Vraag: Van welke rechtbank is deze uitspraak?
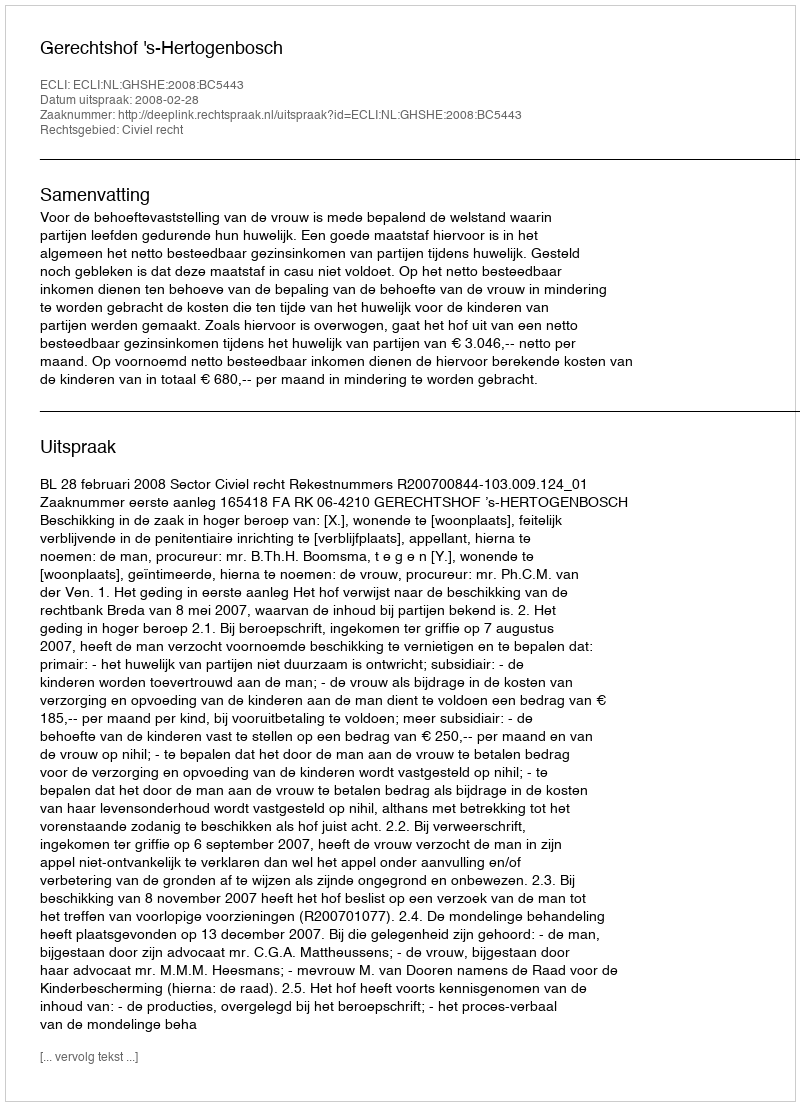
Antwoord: Gerechtshof 's-Hertogenbosch